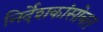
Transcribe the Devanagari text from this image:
निर्देशकांसोबत